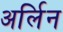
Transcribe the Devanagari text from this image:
अर्लिन